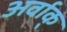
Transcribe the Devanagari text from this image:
अर्वाक्